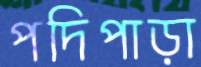
পদিপাড়া